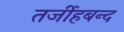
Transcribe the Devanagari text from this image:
तर्जीहबन्द